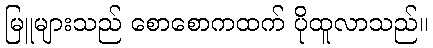
မြူများသည် စောစောကထက် ပိုထူလာသည်။